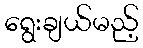
ရွေးချယ်မည့်